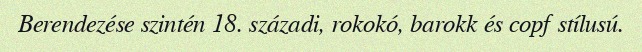
Berendezése szintén 18. századi, rokokó, barokk és copf stílusú.